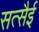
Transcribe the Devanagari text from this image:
सत्सैई